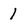
Character: 1